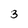
Character: 3